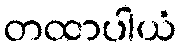
တထာပါယံ